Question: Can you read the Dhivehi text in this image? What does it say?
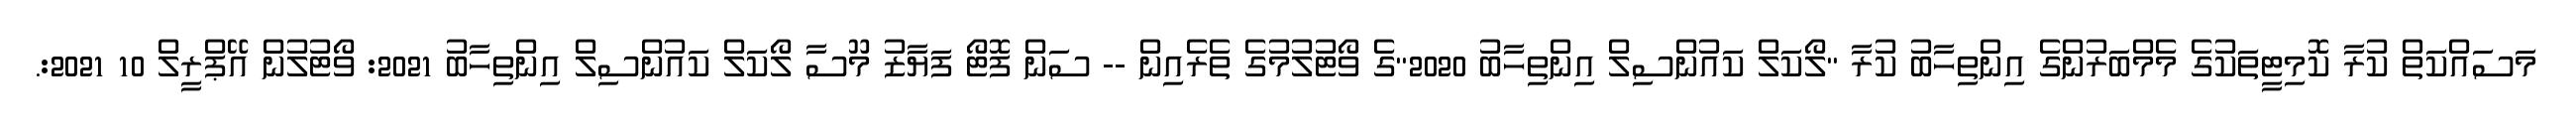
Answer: މަސައްކަތް ކުރާ ކޮމިޓީތަކުގެ މެމްބަރުންގެ އިންތިހާބު ކުރާ "ލޯކަލް ކައުންސިލް އިންތިހާބު 2020"ގެ ވޯޓުލުމުގެ ތެރެއިން -- ސަން ފޮޓޯ ފަޔާޒު މޫސާ ލޯކަލް ކައުންސިލް އިންތިހާބު 2021: ވޯޓުލުން އޭޕްރީލް 10 2021:.